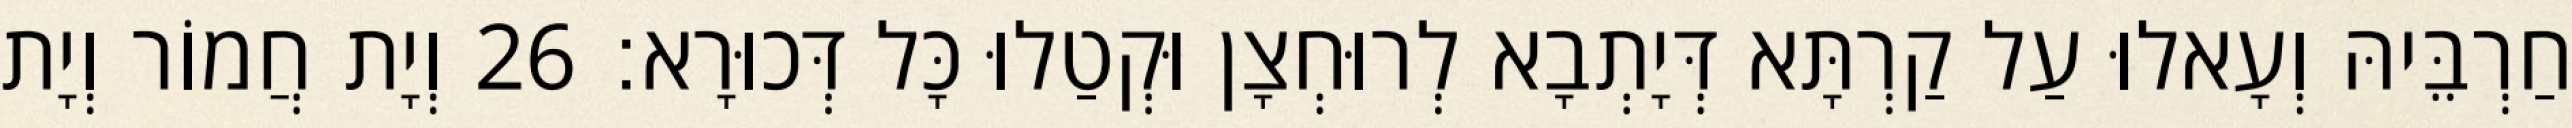
חַרְבֵּיהּ וְעָאלוּ עַל קַרְתָּא דְּיָתְבָא לְרוּחְצָן וּקְטַלוּ כָּל דְּכוּרָא׃ 26 וְיָת חֲמוֹר וְיָת